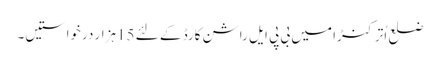
ضلع اُترکنڑا میں بی پی ایل راشن کارڈ کے لئے 15ہزار درخواستیں۔